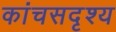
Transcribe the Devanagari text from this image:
कांचसदृश्य